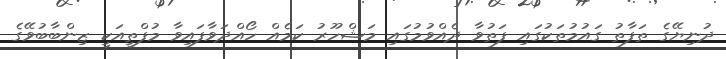
ދުނިޔޭގެ ތަފާތު ގައުމުތަކުގައި ފަތުވާ ދެއްވުމުގައި މަޝްހޫރު ކަމެއް ހޯއްދަވާފައިވާ މުފްތީއަކީ ޒިންބާބުވޭގެ